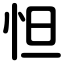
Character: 怛